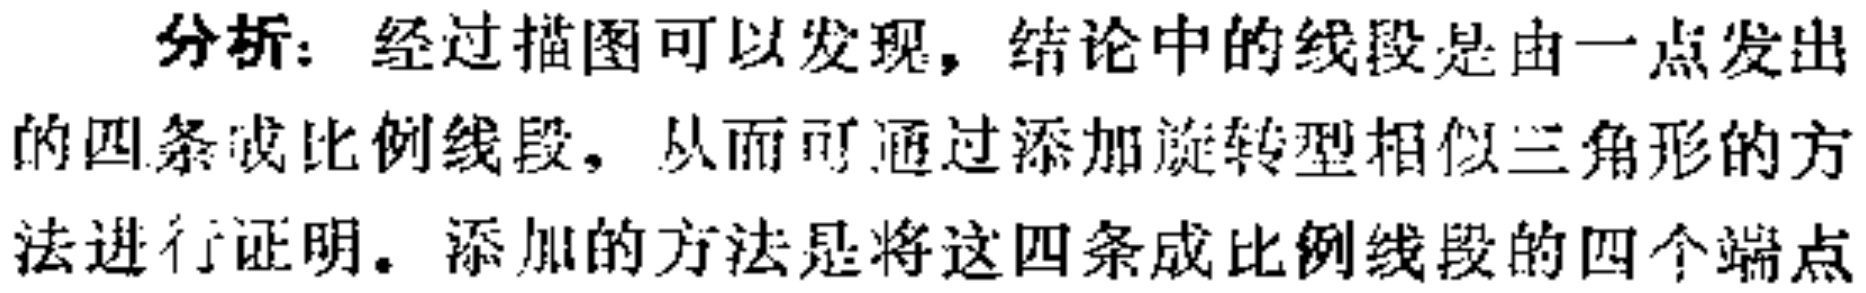
分析：经过描图可以发现，结论中的线段是由一点发出的四条成比例线段，从而可通过添加旋转型相似三角形的方法进行证明。添加的方法是将这四条成比例线段的四个端点